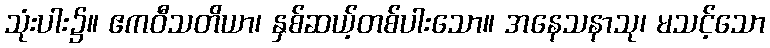
သုံးပါး၌။ ဧကဝီသတိယာ၊ နှစ်ဆယ့်တစ်ပါးသော။ အနေသနာသု၊ မသင့်သော